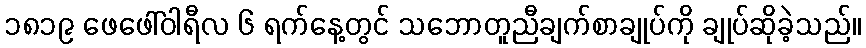
၁၈၁၉ ဖေဖေါ်ဝါရီလ ၆ ရက်နေ့တွင် သဘောတူညီချက်စာချုပ်ကို ချုပ်ဆိုခဲ့သည်။